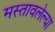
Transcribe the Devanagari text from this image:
मस्तावलेल्या